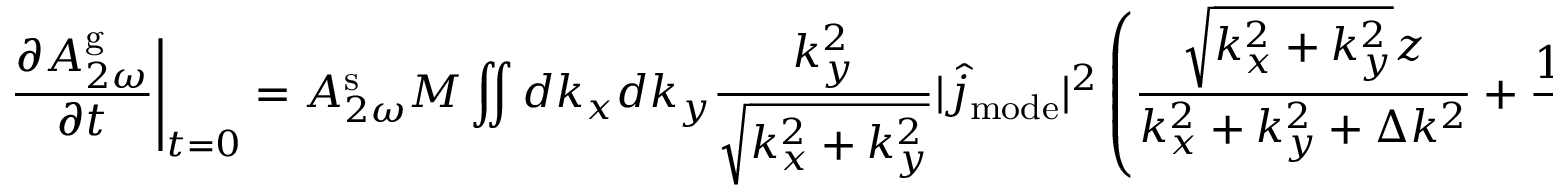
\left. \frac { \partial A _ { 2 \omega } ^ { \mathrm { g } } } { \partial t } \right| _ { t = 0 } = A _ { 2 \omega } ^ { \mathrm { s } } M \iint d k _ { x } d k _ { y } \frac { k _ { y } ^ { 2 } } { \sqrt { k _ { x } ^ { 2 } + k _ { y } ^ { 2 } } } | \hat { j } _ { \mathrm { m o d e } } | ^ { 2 } \left( \frac { \sqrt { k _ { x } ^ { 2 } + k _ { y } ^ { 2 } } z } { k _ { x } ^ { 2 } + k _ { y } ^ { 2 } + \Delta k ^ { 2 } } + \frac { 1 - e ^ { - \sqrt { k _ { x } ^ { 2 } + k _ { y } ^ { 2 } } z } e ^ { - i \Delta k z } } { 2 ( \sqrt { k _ { x } ^ { 2 } + k _ { y } ^ { 2 } } + i \Delta k ) ^ { 2 } } \right)